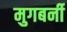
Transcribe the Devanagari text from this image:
मुगबर्नी